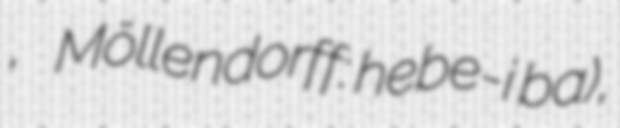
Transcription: ᠪᠠ, Möllendorff: hebe-i ba),